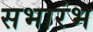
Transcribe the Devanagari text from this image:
सभारंभ